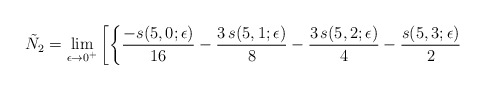
\begin{align*}\tilde{N}_2= \lim_{\epsilon \rightarrow 0^+}\left[ \left\{{{-s(5,0;\epsilon)}\over {16}} - {{3\,s(5,1;\epsilon)}\over 8} - {{3\,s(5,2;\epsilon)}\over 4} - {{s(5,3;\epsilon)}\over 2} \right. \right.\end{align*}